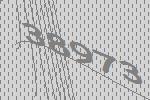
38973